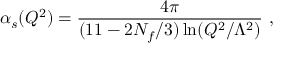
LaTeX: \alpha _ { s } ( Q ^ { 2 } ) = \frac { 4 \pi } { ( 1 1 - 2 N _ { f } / 3 ) \ln ( Q ^ { 2 } / \Lambda ^ { 2 } ) } \ ,